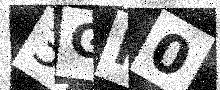
Text: 3GP0